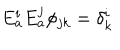
E _ { a } ^ { i } E _ { a } ^ { j } \phi _ { j k } = \delta _ { k } ^ { i }